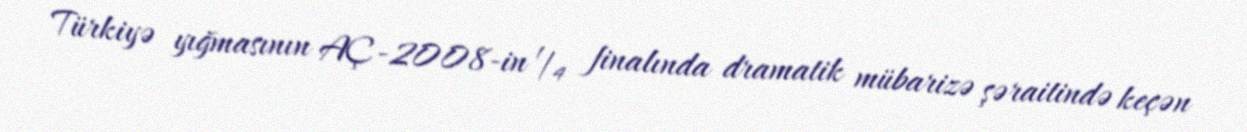
Türkiyə yığmasının AÇ-2008-in ¼ finalında dramatik mübarizə şəraitində keçən